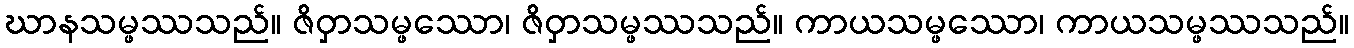
ဃာနသမ္ဖဿသည်။ ဇိဝှာသမ္ဖဿော၊ ဇိဝှာသမ္ဖဿသည်။ ကာယသမ္ဖဿော၊ ကာယသမ္ဖဿသည်။